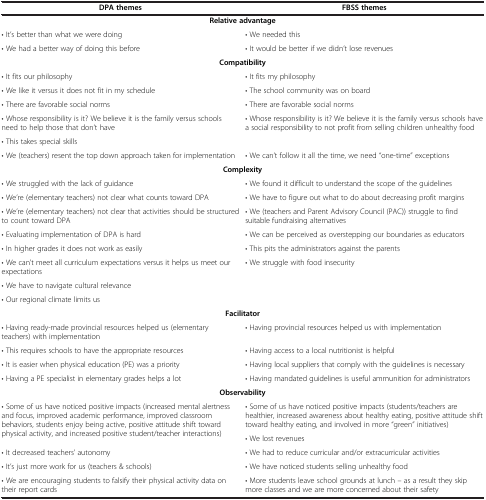
<table><thead><tr><td><b>DPA themes</b></td><td><b>FBSS themes</b></td></tr></thead><tbody><tr><td colspan="2"><b>Relative advantage</b></td></tr><tr><td>• It’s better than what we were doing</td><td>• We needed this</td></tr><tr><td>• We had a better way of doing this before</td><td>• It would be better if we didn’t lose revenues</td></tr><tr><td colspan="2"><b>Compatibility</b></td></tr><tr><td>• It fits our philosophy</td><td>• It fits my philosophy</td></tr><tr><td>• We like it versus it does not fit in my schedule</td><td>• The school community was on board</td></tr><tr><td>• There are favorable social norms</td><td>• There are favorable social norms</td></tr><tr><td>• Whose responsibility is it? We believe it is the family versus schools need to help those that don’t have</td><td rowspan="2">• Whose responsibility is it? We believe it is the family versus schools have a social responsibility to not profit from selling children unhealthy food</td></tr><tr><td>• This takes special skills</td></tr><tr><td>• We (teachers) resent the top down approach taken for implementation</td><td>• We can’t follow it all the time, we need “one-time” exceptions</td></tr><tr><td colspan="2"><b>Complexity</b></td></tr><tr><td>• We struggled with the lack of guidance</td><td>• We found it difficult to understand the scope of the guidelines</td></tr><tr><td>• We’re (elementary teachers) not clear what counts toward DPA</td><td>• We have to figure out what to do about decreasing profit margins</td></tr><tr><td>• We’re (elementary teachers) not clear that activities should be structured to count toward DPA</td><td>• We (teachers and Parent Advisory Council (PAC)) struggle to find suitable fundraising alternatives</td></tr><tr><td>• Evaluating implementation of DPA is hard</td><td>• We can be perceived as overstepping our boundaries as educators</td></tr><tr><td>• In higher grades it does not work as easily</td><td>• This pits the administrators against the parents</td></tr><tr><td>• We can’t meet all curriculum expectations versus it helps us meet our expectations</td><td rowspan="3">• We struggle with food insecurity</td></tr><tr><td>• We have to navigate cultural relevance</td></tr><tr><td>• Our regional climate limits us</td></tr><tr><td colspan="2"><b>Facilitator</b></td></tr><tr><td>• Having ready-made provincial resources helped us (elementary teachers) with implementation</td><td>• Having provincial resources helped us with implementation</td></tr><tr><td>• This requires schools to have the appropriate resources</td><td>• Having access to a local nutritionist is helpful</td></tr><tr><td>• It is easier when physical education (PE) was a priority</td><td>• Having local suppliers that comply with the guidelines is necessary</td></tr><tr><td>• Having a PE specialist in elementary grades helps a lot</td><td>• Having mandated guidelines is useful ammunition for administrators</td></tr><tr><td colspan="2"><b>Observability</b></td></tr><tr><td rowspan="2">• Some of us have noticed positive impacts (increased mental alertness and focus, improved academic performance, improved classroom behaviors, students enjoy being active, positive attitude shift toward physical activity, and increased positive student/teacher interactions)</td><td>• Some of us have noticed positive impacts (students/teachers are healthier, increased awareness about healthy eating, positive attitude shift toward healthy eating, and involved in more “green” initiatives)</td></tr><tr><td>• We lost revenues</td></tr><tr><td>• It decreased teachers’ autonomy</td><td>• We had to reduce curricular and/or extracurricular activities</td></tr><tr><td>• It’s just more work for us (teachers &amp; schools)</td><td>• We have noticed students selling unhealthy food</td></tr><tr><td>• We are encouraging students to falsify their physical activity data on their report cards</td><td>• More students leave school grounds at lunch – as a result they skip more classes and we are more concerned about their safety</td></tr></tbody></table>